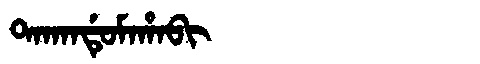
Manchu: ᡨᠠᡴᠠᠨᡩᡠᠮᠠᡥᠠᠪᡳ
Romanization: TAKANDUMAHABI